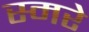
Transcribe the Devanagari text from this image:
स्मरे